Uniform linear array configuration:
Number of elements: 12
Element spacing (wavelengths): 0.25
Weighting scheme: uniform
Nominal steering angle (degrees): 30
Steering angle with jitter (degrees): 30.468
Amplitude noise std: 0.05
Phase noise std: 0.05

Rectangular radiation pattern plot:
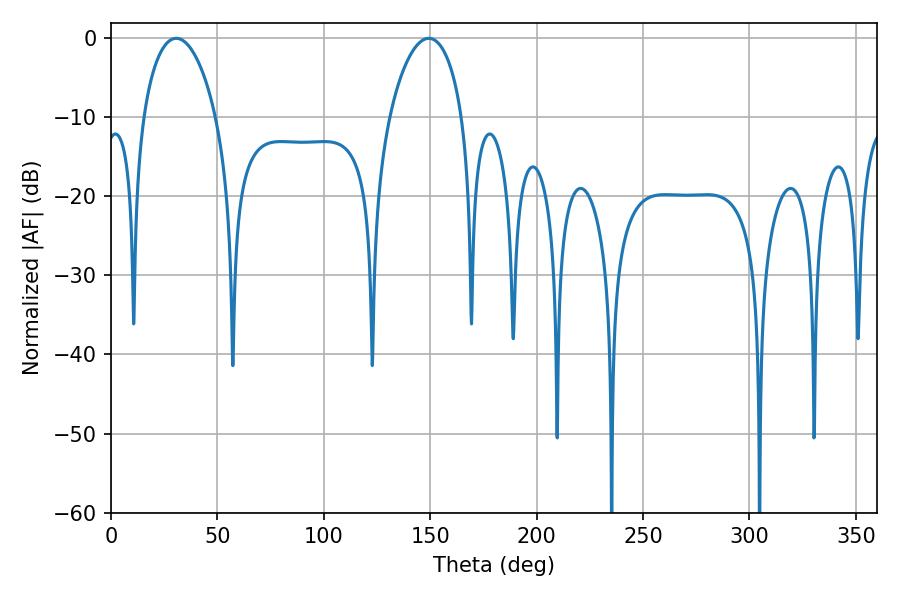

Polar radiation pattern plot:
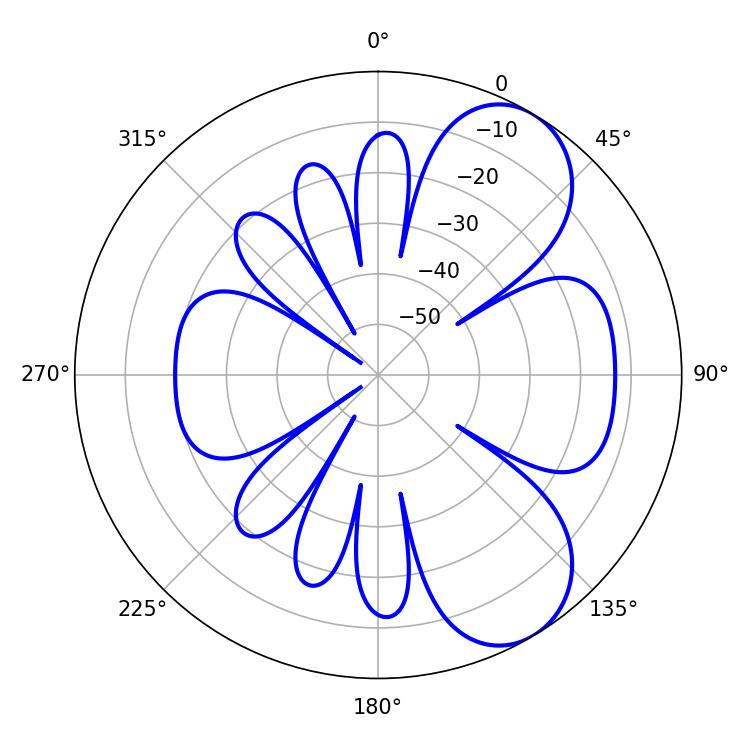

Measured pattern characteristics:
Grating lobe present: FALSE
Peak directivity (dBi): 7.062
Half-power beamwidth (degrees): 19.62
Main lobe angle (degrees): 30.6